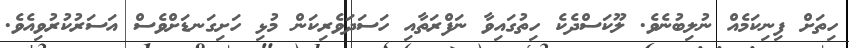
ހިތަށް ފިނިކަމެއް ނުލިބުނެވެ. ލޫކަސްދެކެ ހިތުގައިވާ ނަފްރަތާއި ހަސަދަވެރިކަން މުޅި ހަށިގަނޑަށްވެސް އަސަރުކުރުވިއެވެ.